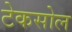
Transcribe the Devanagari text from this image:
टेकसोल